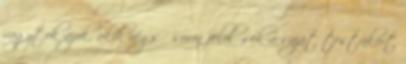
vagytok azok, akik végső soron felelősek a saját testükért